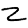
Digit: 2